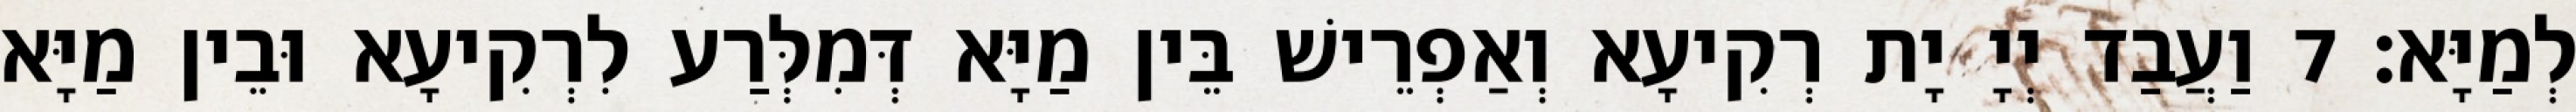
לְמַיָּא׃ 7 וַעֲבַד יְיָ יָת רְקִיעָא וְאַפְרֵישׁ בֵּין מַיָּא דְּמִלְּרַע לִרְקִיעָא וּבֵין מַיָּא